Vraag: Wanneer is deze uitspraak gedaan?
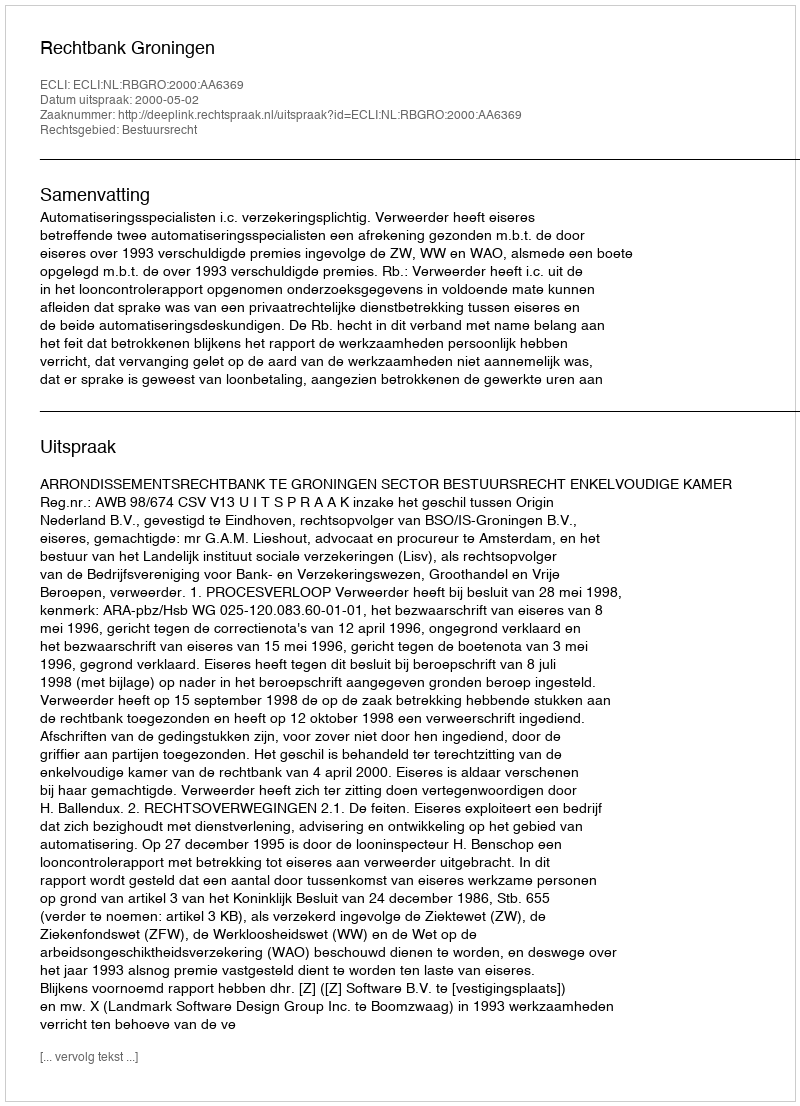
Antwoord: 2000-05-02